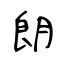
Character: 朗